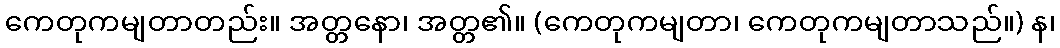
ကေတုကမျတာတည်း။ အတ္တနော၊ အတ္တ၏။ (ကေတုကမျတာ၊ ကေတုကမျတာသည်။) န၊